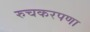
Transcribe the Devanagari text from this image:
रुचकरपणा